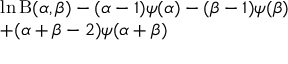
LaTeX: \begin{array} { l } { \ln \mathrm { B } ( \alpha , \beta ) - ( \alpha - 1 ) \psi ( \alpha ) - ( \beta - 1 ) \psi ( \beta ) } \\ { + ( \alpha + \beta - 2 ) \psi ( \alpha + \beta ) } \end{array}